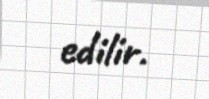
edilir.